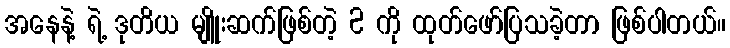
အနေနဲ့ ရဲ့ ဒုတိယ မျိူးဆက်ဖြစ်တဲ့ 2 ကို ထုတ်ဖော်ပြသခဲ့တာ ဖြစ်ပါတယ်။